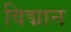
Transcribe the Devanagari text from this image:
विद्मान